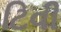
ટિવી